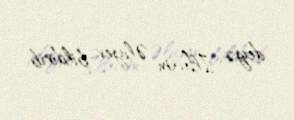
deyə İlham Əliyev bildirib.